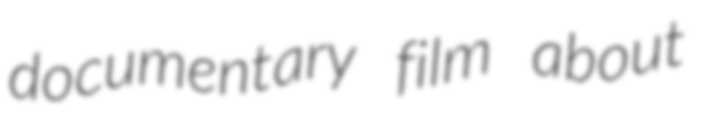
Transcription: documentary film about